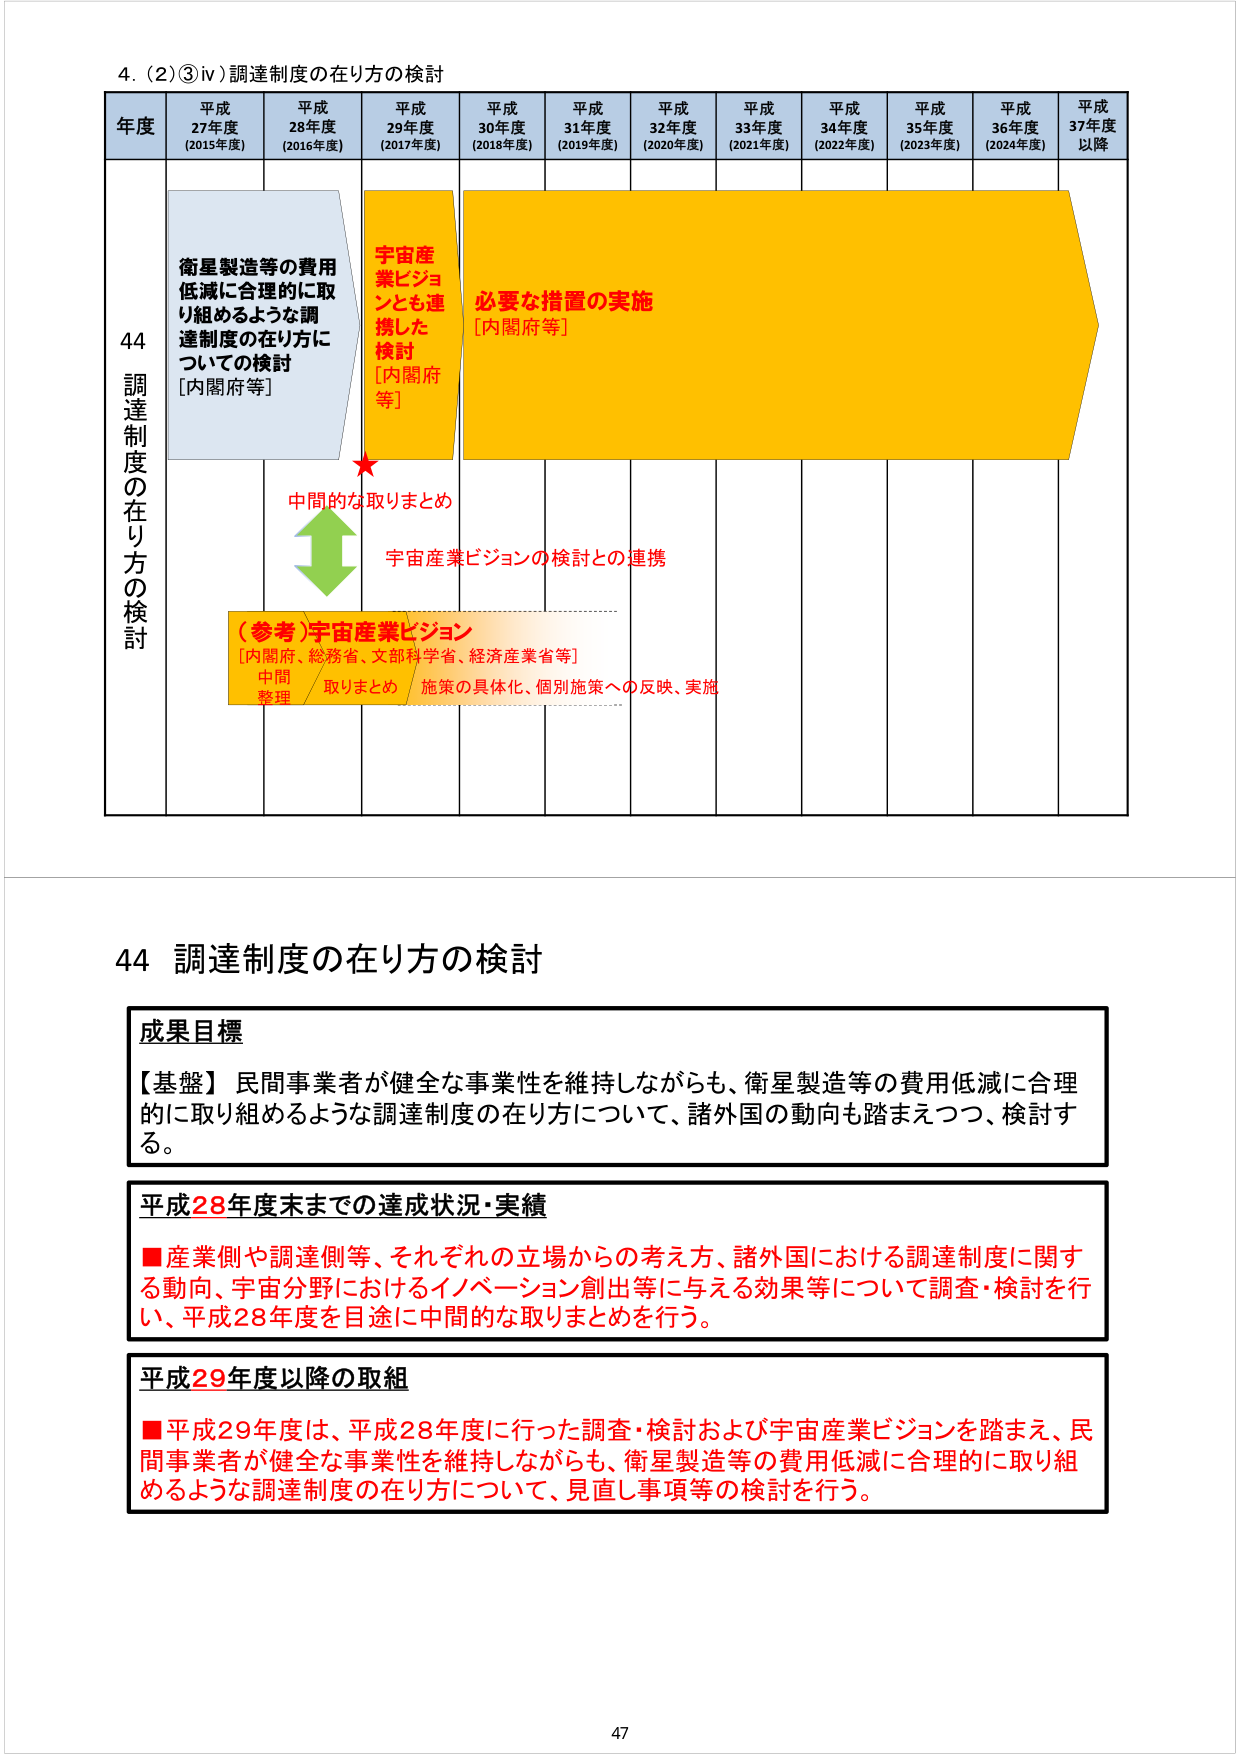
4. (2)③ⅳ)調達制度の在り方の検討

年度 平成27年度 (2015年度) 平成28年度 (2016年度) 平成29年度 (2017年度) 平成30年度 (2018年度) 平成31年度 (2019年度) 平成32年度 (2020年度) 平成33年度 (2021年度) 平成34年度 (2022年度) 平成35年度 (2023年度) 平成36年度 (2024年度) 平成37年度以降

44 調達制度の在り方の検討

衛星製造等の費用低減に合理的に取り組めるような調達制度の在り方についての検討 [内閣府等]

宇宙産業ビジョンとし連携した検討 [内閣府等]

必要な措置の実施 [内閣府等]

中間的な取りまとめ

宇宙産業ビジョンの検討との連携

(参考)宇宙産業ビジョン [内閣府、総務省、文部科学省、経済産業省等] 中間整理 取りまとめ 施策の具体化、個別施策への反映、実施

44 調達制度の在り方の検討

成果目標
【基盤】民間事業者が健全な事業性を維持しながらも、衛星製造等の費用低減に合理的に取り組めるような調達制度の在り方について、諸外国の動向も踏まえつつ、検討する。

平成28年度末までの達成状況・実績
■産業側や調達側等、それぞれの立場からの考え方、諸外国における調達制度に関する動向、宇宙分野におけるイノベーション創出等に与える効果等について調査・検討を行い、平成28年度を目途に中間的な取りまとめを行う。

平成29年度以降の取組
■平成29年度は、平成28年度に行った調査・検討および宇宙産業ビジョンを踏まえ、民間事業者が健全な事業性を維持しながらも、衛星製造等の費用低減に合理的に取り組めるような調達制度の在り方について、見直し事項等の検討を行う。

47